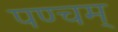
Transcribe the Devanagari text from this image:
पण्चम्